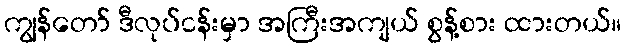
ကျွန်တော် ဒီလုပ်ငန်းမှာ အကြီးအကျယ် စွန့်စား ထားတယ်။